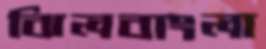
ঝিলবাংলা